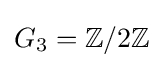
G_{3}=\mathbb {Z} /2\mathbb {Z}